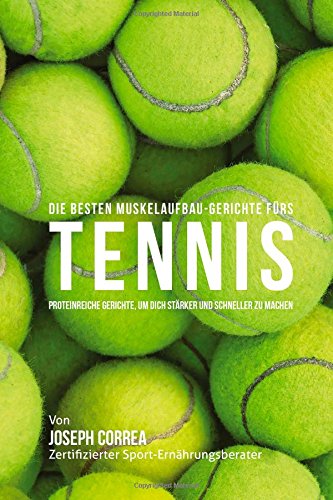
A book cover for Die besten Muskelaufbau-Gerichte furs Tennis: Proteinreiche Gerichte, um dich starker und schneller zu machen (German Edition); Joseph Correa (Zertifizierter Sport-Ernahrungsberater); Sports & Outdoors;